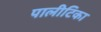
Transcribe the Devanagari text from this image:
पालीटिका